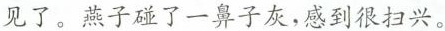
见了。燕子碰了一鼻子灰，感到很扫兴。